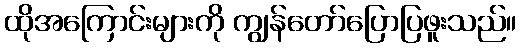
ထိုအကြောင်းများကို ကျွန်တော်ပြောပြဖူးသည်။